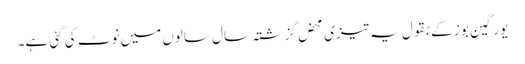
یورگین بوز کے بقول یہ تیزی محض گزشتہ سال سالوں میں نوٹ کی گئی ہے۔